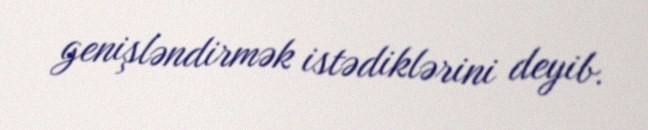
genişləndirmək istədiklərini deyib.